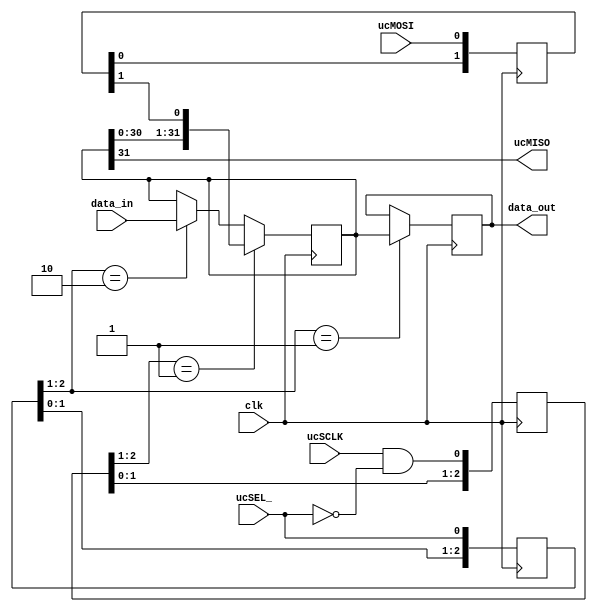
module SPISlave (
    input clk,
    // act as slave for microcontroller
    input ucSCLK,
    input ucMOSI,
    output ucMISO,
    input ucSEL_,
    // the data bits to be read and written
    input [WIDTH-1:0] data_in,
    output reg [WIDTH-1:0] data_out
);

parameter WIDTH = 32;

// sync ucSCLK to the FPGA clock using a 3-bits shift register
reg [2:0] SCLKr; always @(posedge clk) SCLKr <= {SCLKr[1:0],ucSCLK&~ucSEL_};
wire SCLK_rising = SCLKr[2:1] == 2'b01;     // detect ucSCLK rising edges

// same thing for ucSEL_
reg [2:0] SSELr; always @(posedge clk) SSELr <= {SSELr[1:0],ucSEL_};
wire SSEL_start = SSELr[2:1] == 2'b10;      // start on falling edge
wire SSEL_end = SSELr[2:1] == 2'b01;        // stop on rising edge

// and for ucMOSI, but no need to detect edges
reg [1:0] MOSIr; always @(posedge clk) MOSIr <= {MOSIr[0],ucMOSI};
wire MOSI_data = MOSIr[1];

reg [WIDTH-1:0] shifter;
always @(posedge clk) begin
    if (SSEL_start)
        shifter <= data_in;
    if (SCLK_rising) // rotate left, i.e. MSB out and LSB in
        shifter <= {shifter[WIDTH-2:0],MOSI_data};
    if (SSEL_end)
        data_out <= shifter;
end

// we'll need to tri-state ucMISO if there's more than one slave on the SPI bus
assign ucMISO = shifter[WIDTH-1]; // send MSB first

endmodule